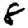
Digit: 8